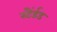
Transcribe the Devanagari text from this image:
स्टैंर्डड